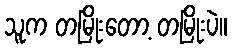
သူက တမြိုးတော့ တမြိုးပဲ။